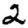
Digit: 2